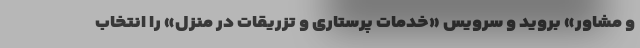
و مشاور» بروید و سرویس «خدمات پرستاری و تزریقات در منزل» را انتخاب